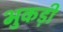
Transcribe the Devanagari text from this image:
भुकड़ी